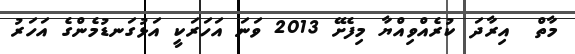
މާތް  އިރާދަ ކުރެއްވިއްޔާ މިފެށޭ 2013 ވަނަ އަހަރަކީ އަޅުގަނޑުމެންގެ އަހަރު